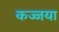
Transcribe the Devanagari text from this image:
कज्जया